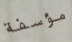
مؤسفة